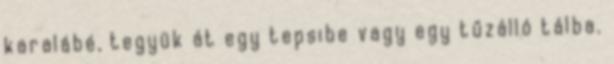
karalábé, tegyük át egy tepsibe vagy egy tűzálló tálba.